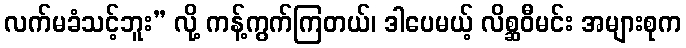
လက်မခံသင့်ဘူး” လို့ ကန့်ကွက်ကြတယ်၊ ဒါပေမယ့် လိစ္ဆဝီမင်း အများစုက